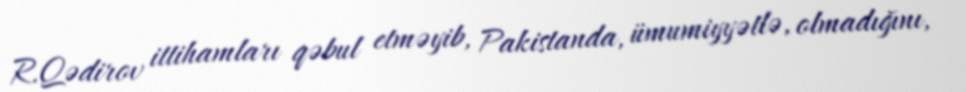
R.Qədirov ittihamları qəbul etməyib, Pakistanda, ümumiyyətlə, olmadığını,